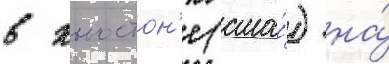
в хьюстон'е (сша́) на́